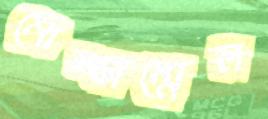
মোজ্জাম্মেল